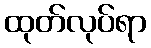
ထုတ်လုပ်ရာ